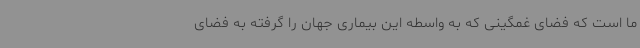
ما است که فضای غمگینی که به واسطه این بیماری جهان را گرفته به فضای